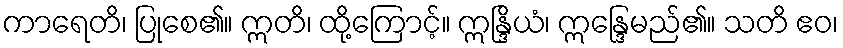
ကာရေတိ၊ ပြုစေ၏။ ဣတိ၊ ထို့ကြောင့်။ ဣန္ဒြိယံ၊ ဣန္ဒြေမည်၏။ သတိ ဧဝ၊